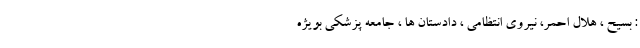
: بسیح ، هلال احمر، نیروی انتظامی ، دادستان ها ، جامعه پزشکی بویژه